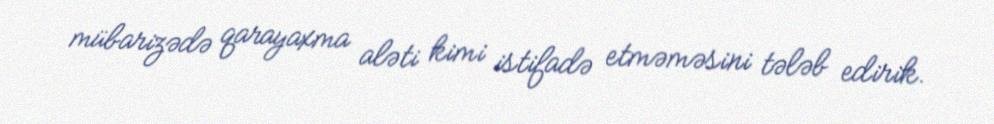
mübarizədə qarayaxma aləti kimi istifadə etməməsini tələb edirik.